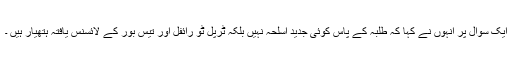
ایک سوال پر انہوں نے کہا کہ طلبہ کے پاس کوئی جدید اسلحہ نہیں بلکہ ٹرپل ٹو رائفل اور تیس بور کے لائسنس یافتہ ہتھیار ہیں ۔